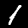
Label: 1